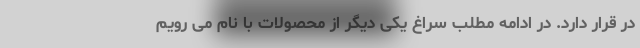
در قرار دارد. در ادامه مطلب سراغ یکی دیگر از محصولات با نام می رویم